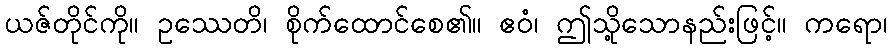
ယဇ်တိုင်ကို။ ဥဿေတိ၊ စိုက်ထောင်စေ၏။ ဧဝံ၊ ဤသို့သောနည်းဖြင့်။ ကရော၊